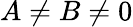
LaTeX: A\neq B\neq 0